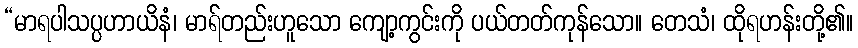
“မာရပါသပ္ပဟာယိနံ၊ မာရ်တည်းဟူသော ကျော့ကွင်းကို ပယ်တတ်ကုန်သော။ တေသံ၊ ထိုရဟန်းတို့၏။